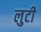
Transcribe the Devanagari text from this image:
लुटी